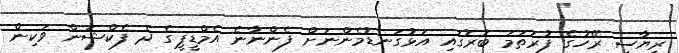
ރިޔާސީ ރޭހުގެ ފުރަތަމަ ބުރުގައި އަޅުގަނޑުމެންނަށް ފެންނާނެ އެމްޑީޕީގެ ދެ ފެކްޝަން ވަކިން